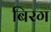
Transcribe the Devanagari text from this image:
बिरग